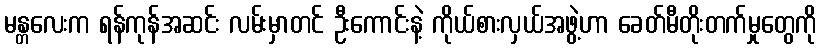
မန္တလေးက ရန်ကုန်အဆင်း လမ်းမှာတင် ဦးကောင်းနဲ့ ကိုယ်စားလှယ်အဖွဲ့ဟာ ခေတ်မီတိုးတက်မှုတွေကို